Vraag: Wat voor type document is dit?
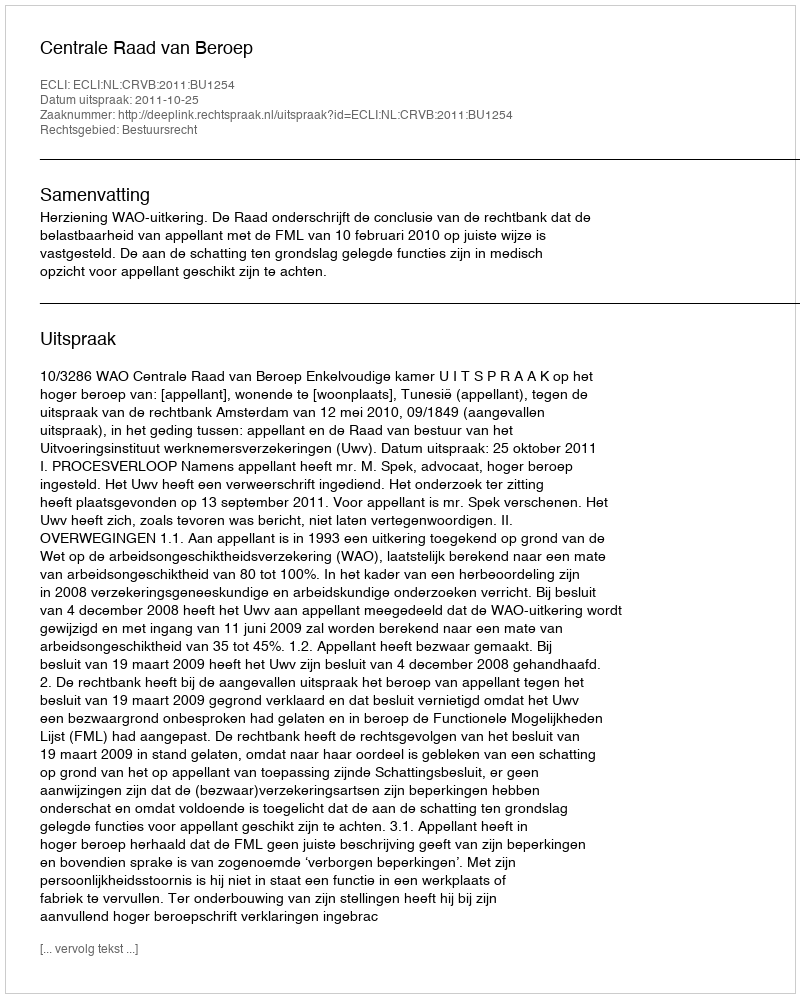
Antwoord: Uitspraak